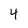
Character: 4